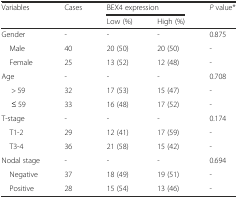
| <ROWSPAN=2> Variables | <ROWSPAN=2> Cases | <COLSPAN=2> BEX4 expression | <ROWSPAN=2> P value* |
 | Low (%) | High (%) |
 | --- | --- | --- | --- | --- |
 | Gender | - | - | - | 0.875 |
 | Male | 40 | 20 (50) | 20 (50) | - |
 | Female | 25 | 13 (52) | 12 (48) | - |
 | Age | - | - | - | 0.708 |
 | > 59 | 32 | 17 (53) | 15 (47) | - |
 | ≤ 59 | 33 | 16 (48) | 17 (52) | - |
 | T-stage | - | - | - | 0.174 |
 | T1-2 | 29 | 12 (41) | 17 (59) | - |
 | T3-4 | 36 | 21 (58) | 15 (42) | - |
 | Nodal stage | - | - | - | 0.694 |
 | Negative | 37 | 18 (49) | 19 (51) | - |
 | Positive | 28 | 15 (54) | 13 (46) | - |